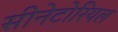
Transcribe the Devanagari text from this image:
सीनेटोरियल